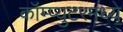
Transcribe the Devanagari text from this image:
कॉम्प्युटरमध्ये